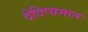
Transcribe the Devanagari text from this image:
देदिप्यमान